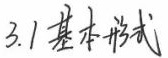
3.1 基本形式